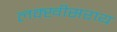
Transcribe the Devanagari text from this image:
लक्खीसराय